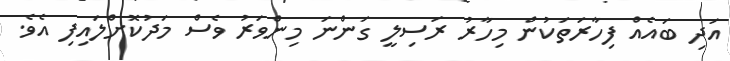
އަދި ބައެއް ފިހާރަތަކުން މިހާރު ރަސިލީ ގަންނަ މިންވަރު ވެސް މަދުކޮށްލައިފި އެވެ.